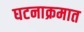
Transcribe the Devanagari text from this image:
घटनाक्रमात